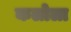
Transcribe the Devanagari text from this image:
कलोला